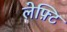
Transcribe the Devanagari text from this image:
लेफ़्टि